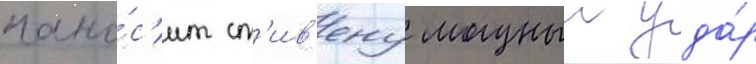
нано́с'ит ст'ив'ену мощныи уда́р